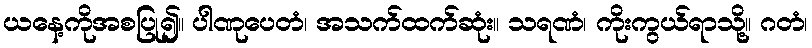
ယနေ့ကိုအစပြု၍။ ပါဏုပေတံ၊ အသက်ထက်ဆုံး။ သရဏံ၊ ကိုးကွယ်ရာသို့။ ဂတံ၊